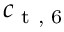
c _ { \textup { t , 6 } }